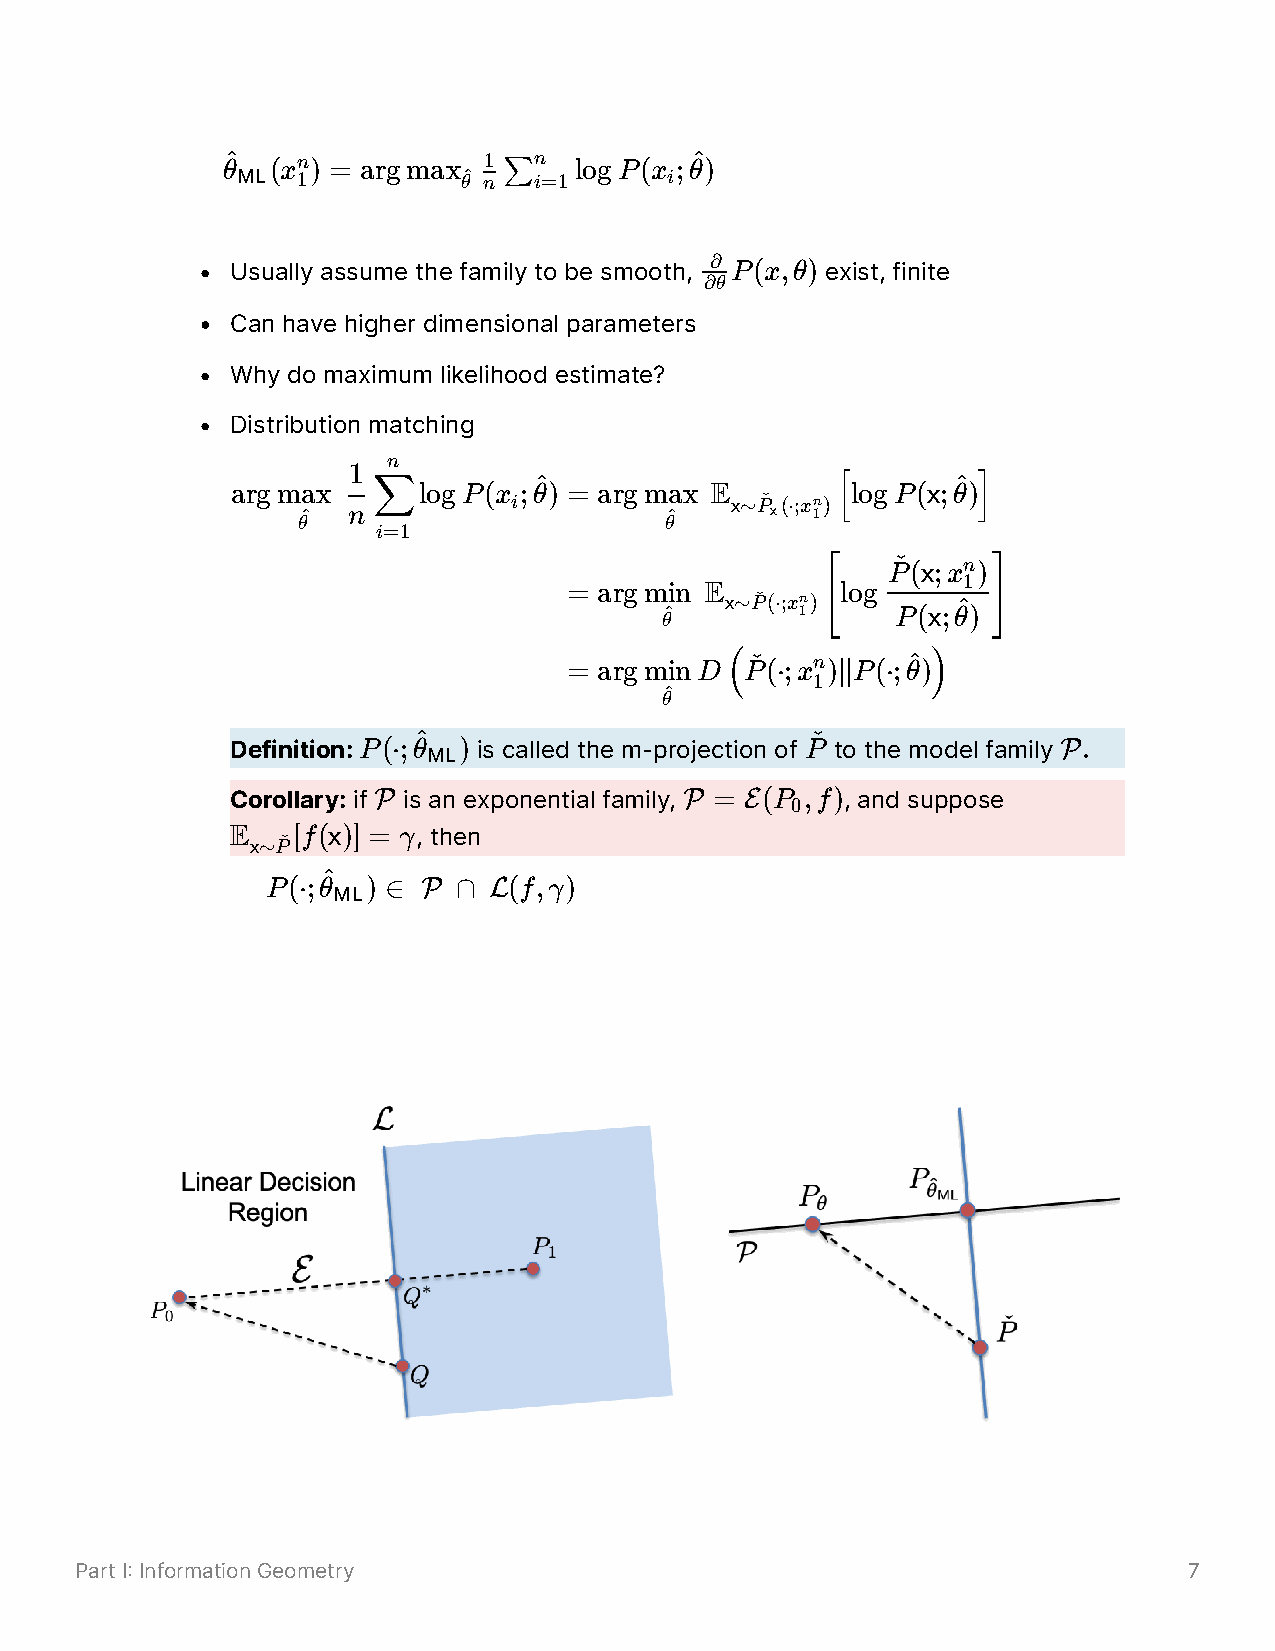
θ^ (xn) = argmax 1 ∑n  logP(x ;θ^ )
 ML  1          θ^ n i=1     i
 Usually assume the family to be smooth, ∂ P(x,θ) exist, finite
 ∂θ
 Can have higher dimensional parameters
 Why do maximum likelihood estimate?
 Distribution matching
 n
 1
 argm θ^ax n ∑logP(x i;θ^ ) = argm θ^ax E x∼Pˇ x(⋅;x 1n)[logP(x;θ^ ) ]
 i=1
 Pˇ (x;xn)
 1
 = argm θ^in E x∼Pˇ(⋅;x 1n) [log
 P(x;θ^
 ) ]
 = argminD  Pˇ (⋅;xn )∣∣P(⋅;θ^ )
 (     1       )
 θ^
 Definition: P(⋅;θ^ ) is called the m-projection of Pˇ to the model family P.
 ML
 Corollary: if P is an exponential family, P = E(P ,f), and suppose
 0
 E x∼Pˇ[f(x)] = γ, then
 P(⋅;θ^ ) ∈ P ∩ L(f,γ)
 ML
 Part I Information Geometry                                              7